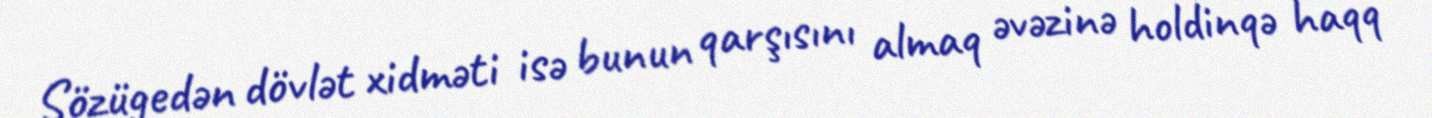
Sözügedən dövlət xidməti isə bunun qarşısını almaq əvəzinə holdinqə haqq